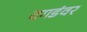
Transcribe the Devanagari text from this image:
दगडंवर